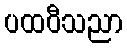
ပထဝီသညာ